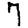
Digit: 7